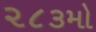
૨૮૩મો